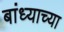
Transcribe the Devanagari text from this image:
बांध्याच्या